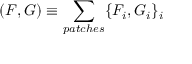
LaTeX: ( F , G ) \equiv \sum _ { p a t c h e s } \{ F _ { i } , G _ { i } \} _ { i }